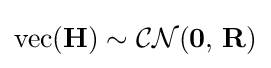
{\mbox{vec}}(\mathbf {H} )\sim {\mathcal {CN}}(\mathbf {0} ,\,\mathbf {R} )